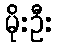
မိုးဦး